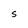
Character: S